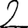
Digit: 2